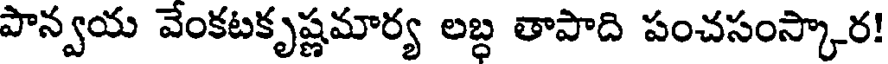
పాన్వయ వేంకటకృష్ణమార్య లబ్ధ తాపాది పంచసంస్కార!